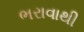
ભરાવાથી